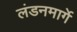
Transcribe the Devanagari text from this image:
लंडनमार्गे